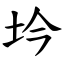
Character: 坅